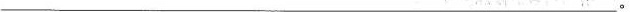
___。